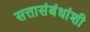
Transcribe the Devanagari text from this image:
सत्तासंबंधांशी